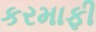
કરમાફી